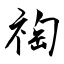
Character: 祹